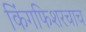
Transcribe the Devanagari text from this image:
किंगफिशरचाच